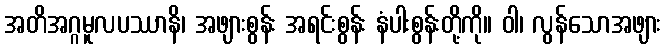
အတိအဂ္ဂမူလပဿာနိ၊ အဖျားစွန်း အရင်းစွန်း နံပါးစွန်းတို့ကို။ ဝါ၊ လွန်သောအဖျား